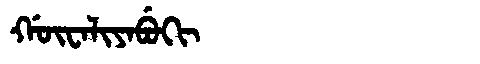
Manchu: ᡤᡡᠸᠠᠯᡳᠶᠠᠪᡠᡴᡳ
Romanization: GŪWALIYABUKI